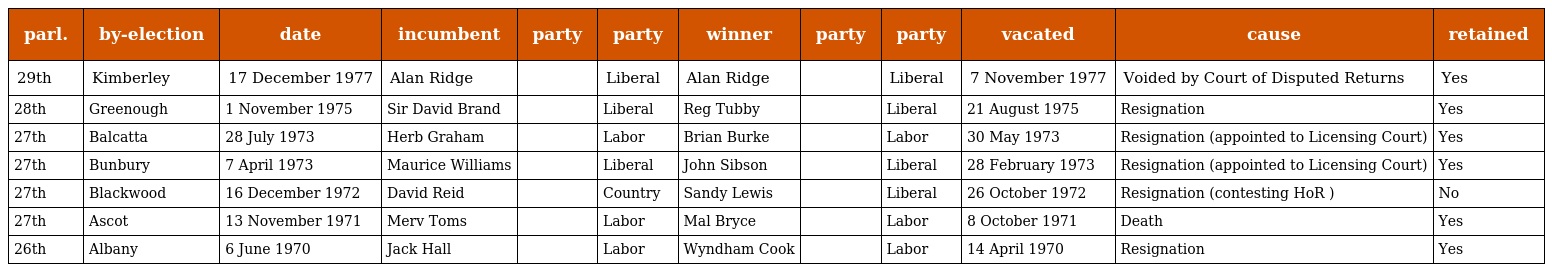
| parl. | by-election | date | incumbent | party | party | winner | party | party | vacated | cause | retained |
 | --- | --- | --- | --- | --- | --- | --- | --- | --- | --- | --- | --- |
 | 29th | Kimberley | 17 December 1977 | Alan Ridge |  | Liberal | Alan Ridge |  | Liberal | 7 November 1977 | Voided by Court of Disputed Returns | Yes |
 | 28th | Greenough | 1 November 1975 | Sir David Brand |  | Liberal | Reg Tubby |  | Liberal | 21 August 1975 | Resignation | Yes |
 | 27th | Balcatta | 28 July 1973 | Herb Graham |  | Labor | Brian Burke |  | Labor | 30 May 1973 | Resignation (appointed to Licensing Court) | Yes |
 | 27th | Bunbury | 7 April 1973 | Maurice Williams |  | Liberal | John Sibson |  | Liberal | 28 February 1973 | Resignation (appointed to Licensing Court) | Yes |
 | 27th | Blackwood | 16 December 1972 | David Reid |  | Country | Sandy Lewis |  | Liberal | 26 October 1972 | Resignation (contesting HoR ) | No |
 | 27th | Ascot | 13 November 1971 | Merv Toms |  | Labor | Mal Bryce |  | Labor | 8 October 1971 | Death | Yes |
 | 26th | Albany | 6 June 1970 | Jack Hall |  | Labor | Wyndham Cook |  | Labor | 14 April 1970 | Resignation | Yes |